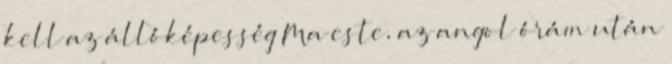
kell az állóképesség Ma este, az angol órám után